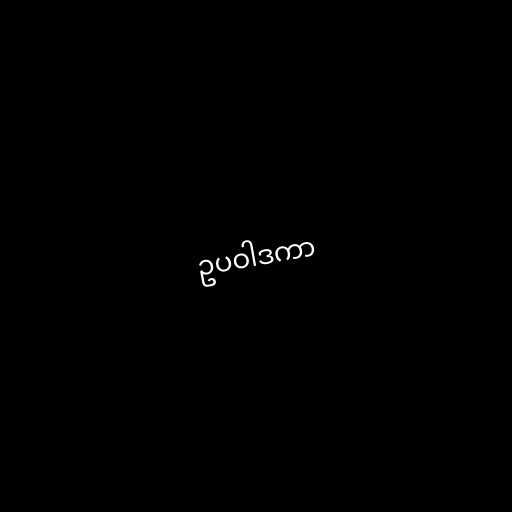
ဥပဝါဒကာ